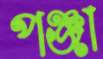
পঞ্জা